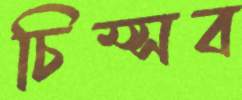
চিম্‌সব